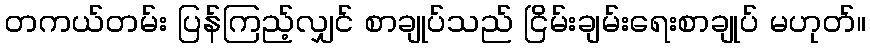
တကယ်တမ်း ပြန်ကြည့်လျှင် စာချုပ်သည် ငြိမ်းချမ်းရေးစာချုပ် မဟုတ်။